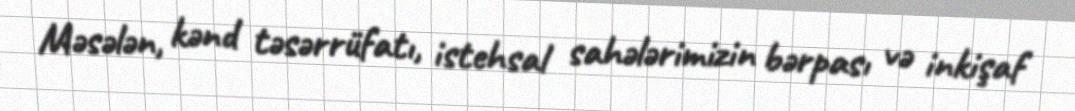
Məsələn, kənd təsərrüfatı, istehsal sahələrimizin bərpası və inkişaf